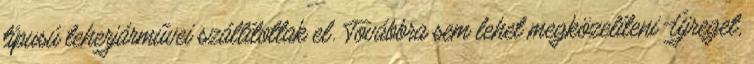
típusú teherjárművei szállítottak el. Továbbra sem lehet megközelíteni Újreget,